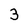
Character: 3